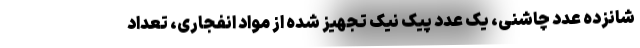
شانزده عدد چاشنی، یک عدد پیک نیک تجهیز شده از مواد انفجاری، تعداد